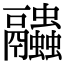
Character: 𧖓